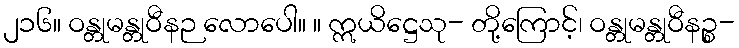
၂၁၆။ ဝန္တုမန္တုဝီနဉ လောပေါ။ ။ ဣယိဋ္ဌေသု- တို့ကြောင့်၊ ဝန္တုမန္တုဝီနဉ္စ-